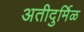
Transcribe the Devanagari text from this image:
अतीदुर्मिळ